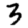
Digit: 3